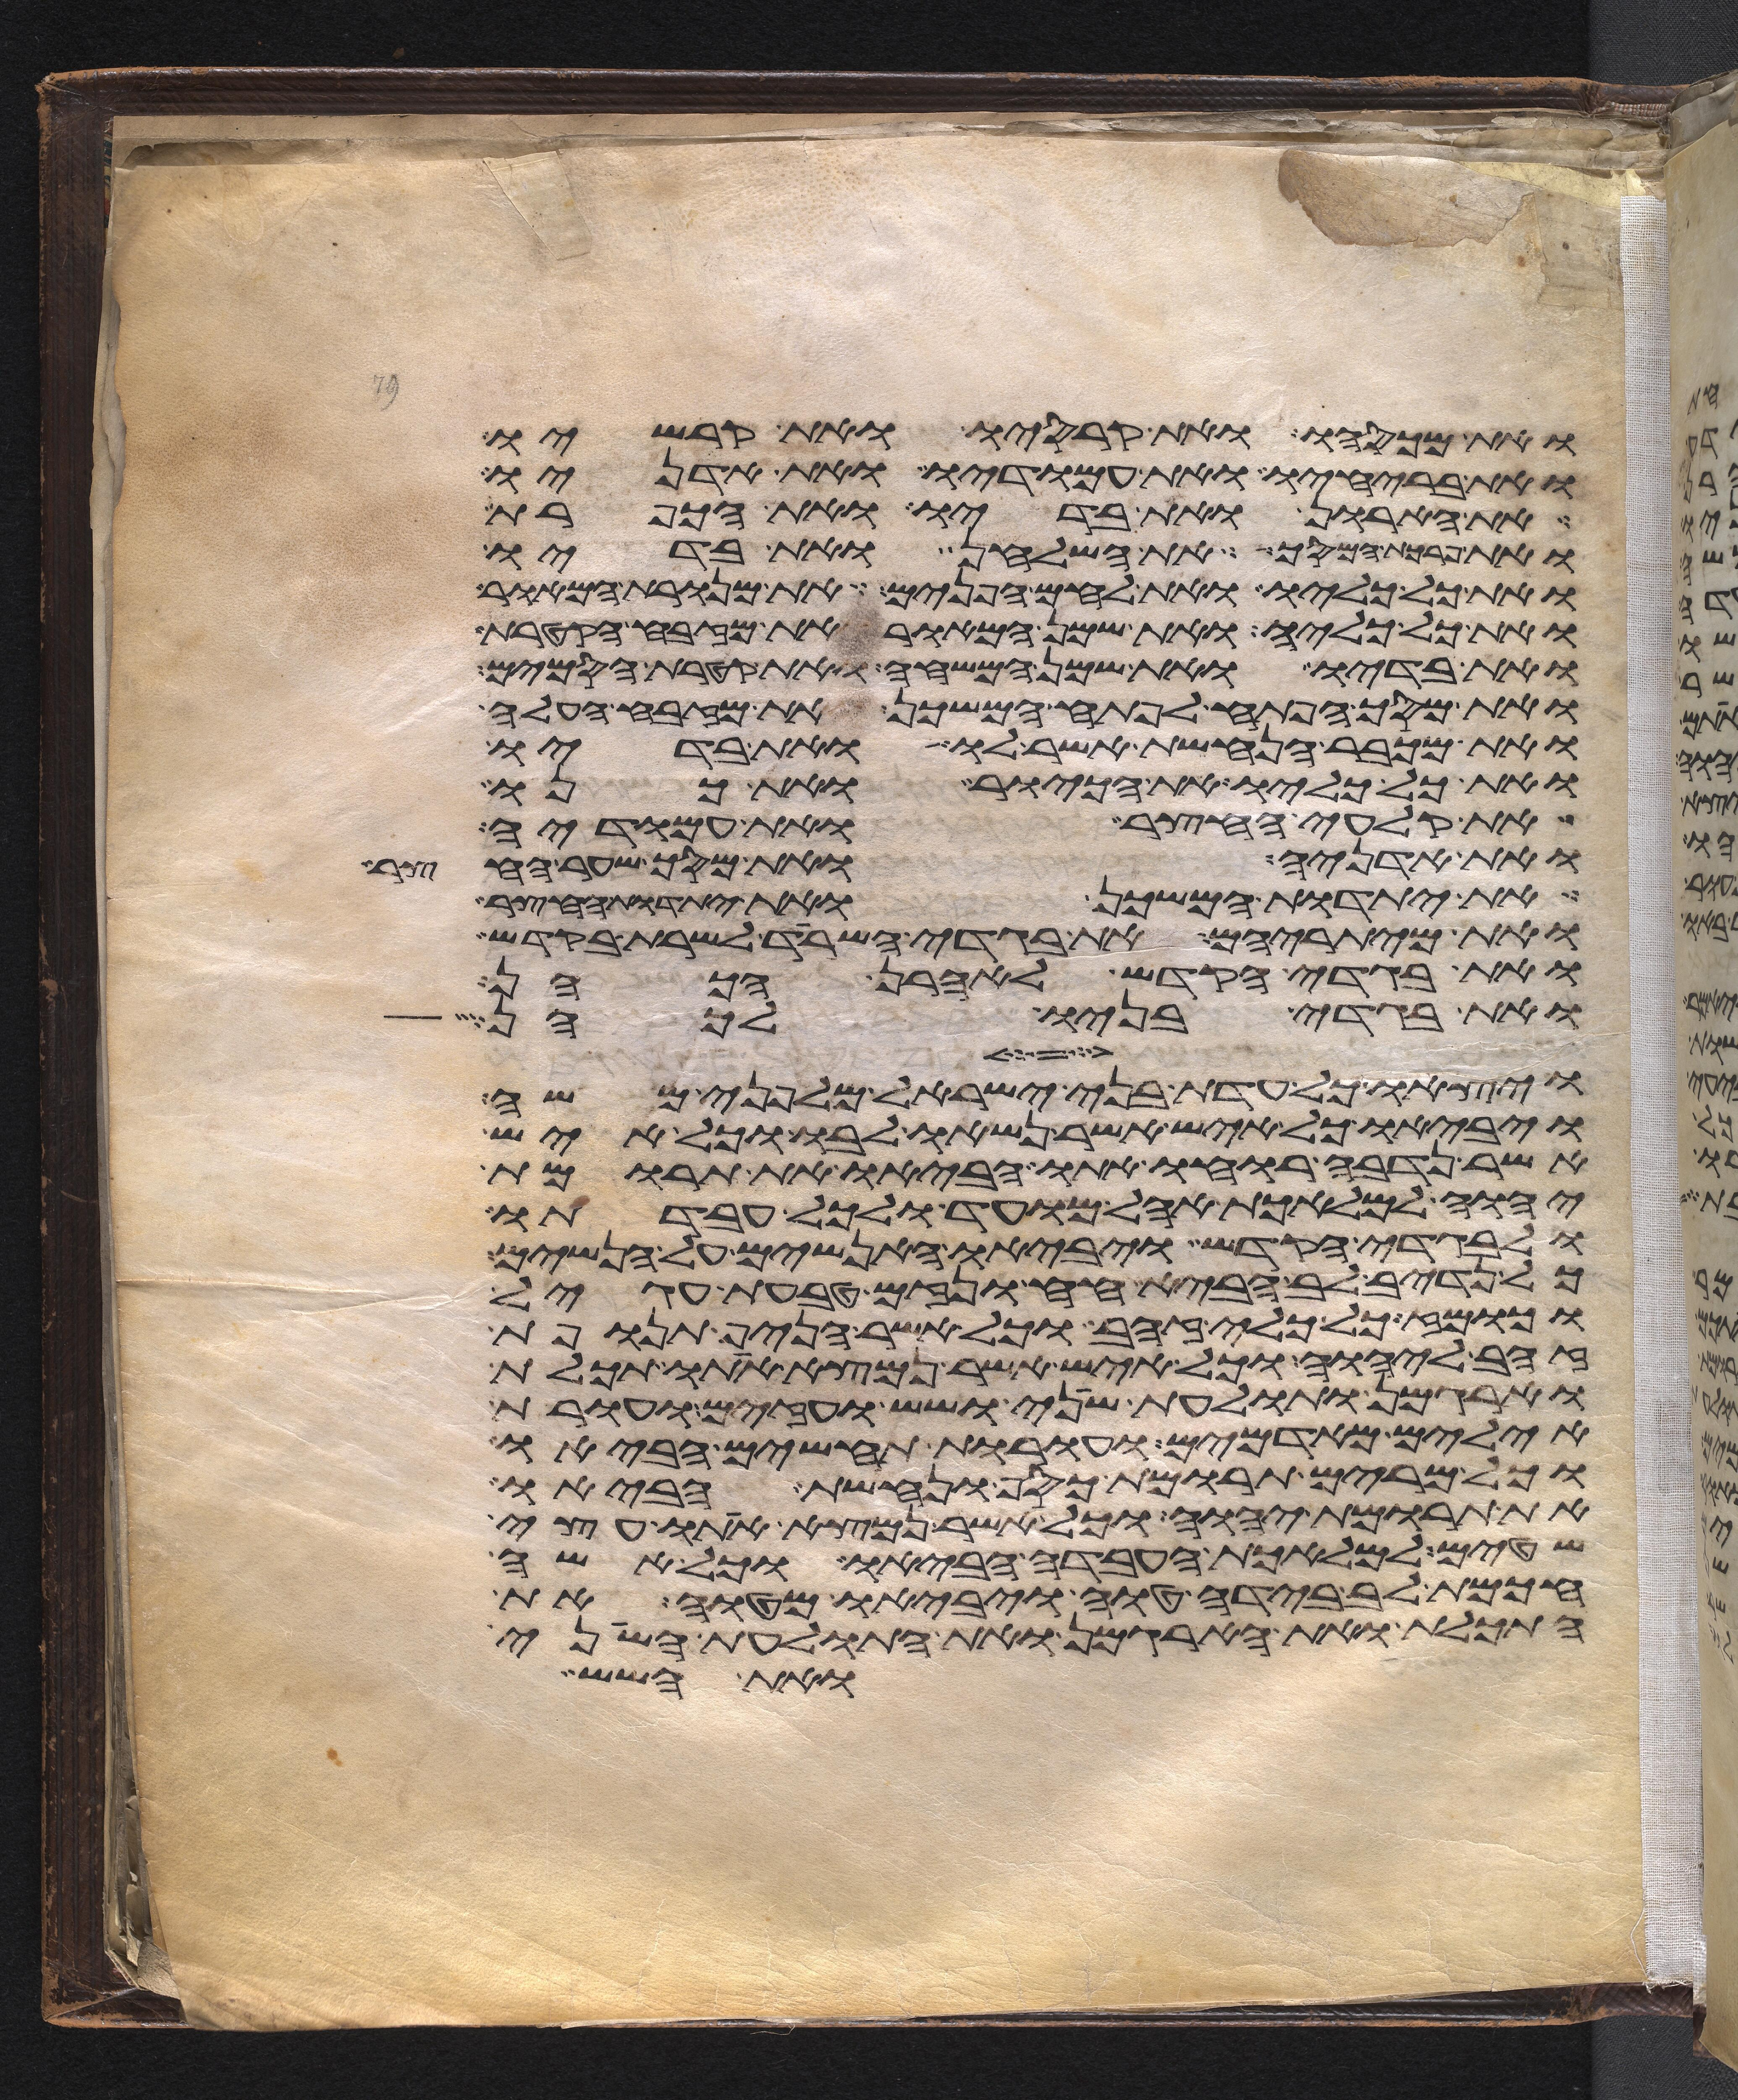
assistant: ואת מכסהו ואת קרסיו ואת קרשיו
ואת בריחיו ואת עמודיו ואת אדניו
את הארון ואת בדיו ואת הכפרת
ואת פרכת המסך את השלחן ואת בדיו
ואת כל כליו ואת לחם הפנים את מנורת המאור
ואת כל כליה ואת שמן המאור את מזבח הקטרת
ואת בדיו ואת שמן המשחה ואת קטרת הסמים
ואת מסך הפתח לפתח המשכן ואת מזבח העלה
ואת מכבר הנחשת אשר לו ואת בדיו
ואת כל כליו את הכיור ואת כנו
את קלעי החצר ואת עמודיה
ואת אדניה ואת מסך שער החצר
את יתדות המשכן ואת יתדות החצר
ואת מיתריהם את בגדי השרד לשרת בקדש
ואת בגדי הקדש לאהרן הכהן
ואת בגדי בניו לכהן
ויצאו כל עדת בני ישראל מלפני משה
ויביאו כל איש אשר נשאו לבו וכל איש
אשר נדבה רוחו אתו הביאו את תרומת
יהוה למלאכת אהל מועד ולכל עבדתו
ולבגדי הקדש ויביאו האנשים על הנשים
כל נדיב לב הביא חח ונזם טבעת עגיל
וכומז כל כלי זהב וכל אשר הניף תנופת
זהב ליהוה וכל איש אשר נמצא אתו תכלת
וארגמן ותולעת שני ושש ועזים ועורת
אילים מאדמים ועורת תחשים הביאו
וכל מרים תרומת כסף ונחשת הביאו
את תרומת יהוה וכל אשר נמצא אתו עצי
שטים למלאכת העבדה הביאו וכל אשה
חכמת לב בידה טוה ויביאו מטוה את
התכלת ואת הארגמן ואת התולעת השני
ואת השש